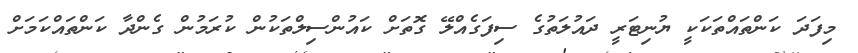
މިފަދަ ކަންތައްތަކަކީ ޔުނިޓަރީ ދައުލަތުގެ ސިފަގެއްލޭ ގޮތަށް ކައުންސިލްތަކުން ކުރަމުން ގެންދާ ކަންތައްކަމަށް